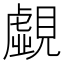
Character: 覷